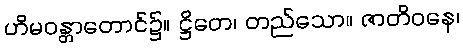
ဟိမဝန္တာတောင်၌။ ဋ္ဌိတေ၊ တည်သော။ ဇာတိဝနေ၊